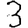
Digit: 3